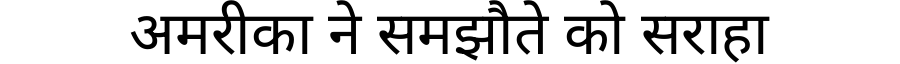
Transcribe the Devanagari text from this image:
अमरीका ने समझौते को सराहा